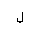
Letter: _lam